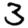
Digit: 3